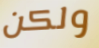
ولكن